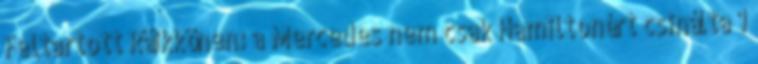
Feltartott Räikkönen: a Mercedes nem csak Hamiltonért csinálta 1